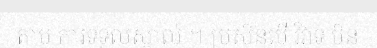
តាម ការទទួលស្គាល់ ។ ប្រសិនបើ វិវាទ មិន